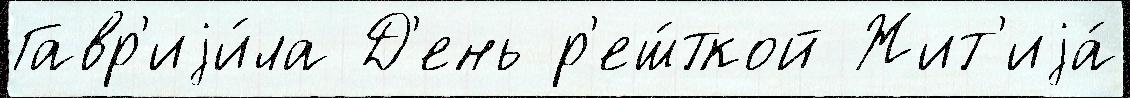
Гавр'иjи́ла Д'ень р'еш́ткой Жит'иjа́